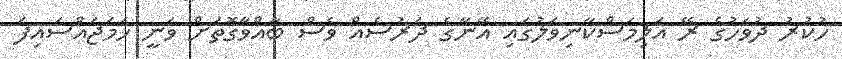
ހުކުރު ދުވަހުގެ ރޭ އަލިމަސްކާނިވަލުގައި އޭނާގެ ދަރުސެއް ވެސް ބާއްވާގޮތަށް ވަނީ ހަމަޖައްސައިފަ